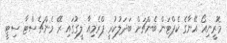
މޮރީނިއޯ އޭނާގެ ކެޕްޓަން ބެންޗަށް ބަދަލުކުރީ ޕްރެމިއާ ލީގުގައި ރޭ މެންޗެސްޓާ ސިޓީ